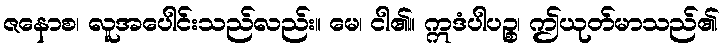
ဇနောစ၊ လူအပေါင်းသည်လည်း။ မေ၊ ငါ၏။ ဣဒံပါပဉ္စ၊ ဤယုတ်မာသည်၏